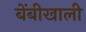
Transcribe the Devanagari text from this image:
बेंबीखाली